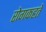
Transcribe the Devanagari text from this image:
रोगकहते